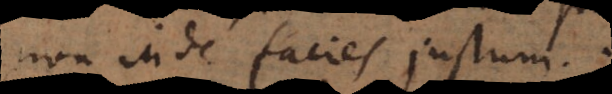
non inde facies justum.